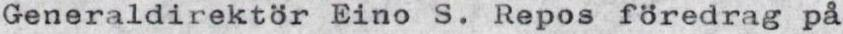
Generaldirektör Eino S. Repos föredrag på